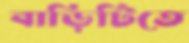
বাড়িটিতে